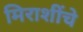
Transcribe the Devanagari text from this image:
मिराशींचे